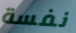
نفسة